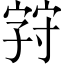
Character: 𪧚